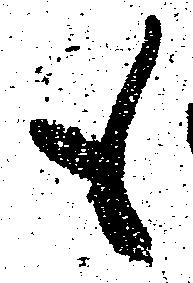
も